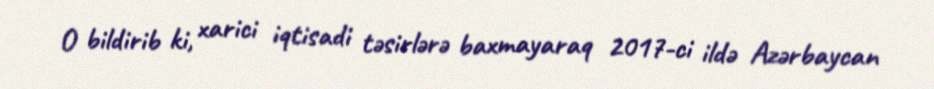
O bildirib ki, xarici iqtisadi təsirlərə baxmayaraq 2017-ci ildə Azərbaycan